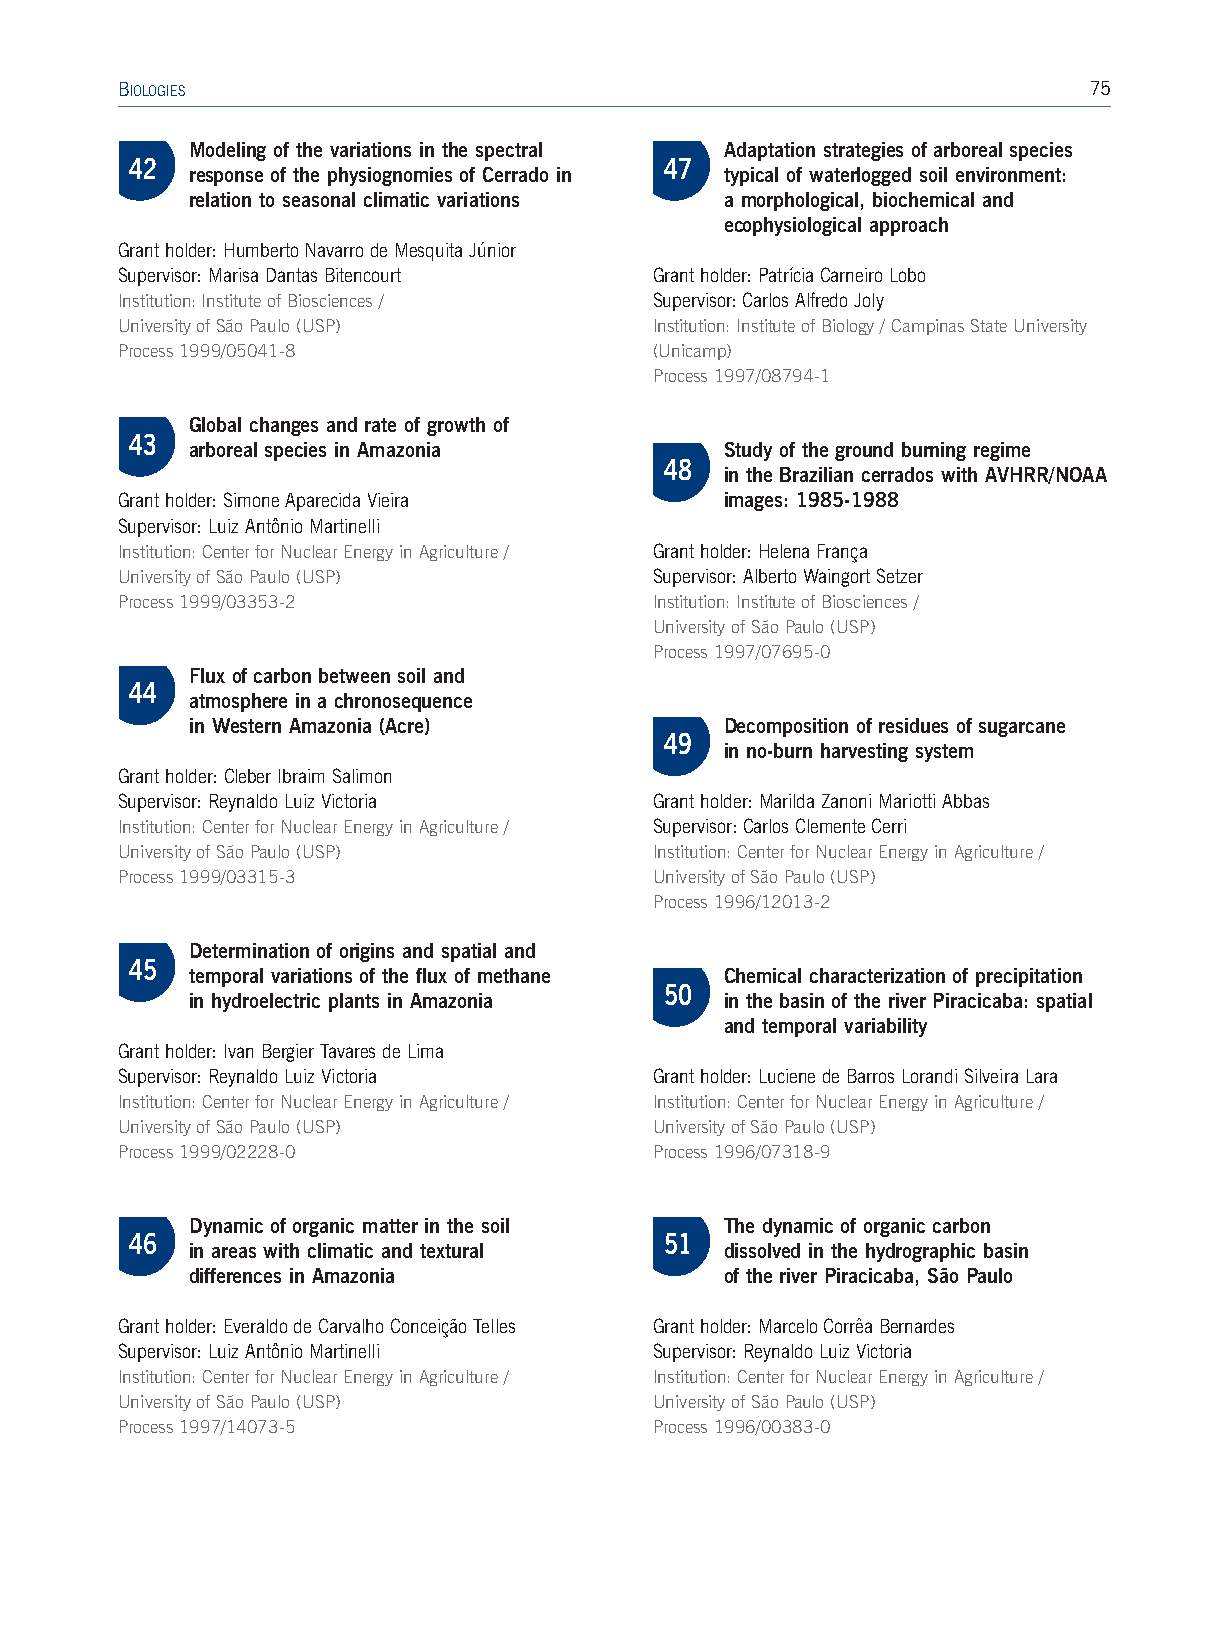
BIOLOGIES                                                       75
 Modeling of the variations in the spectral Adaptation strategies of arboreal species
 42                                 47
 response of the physiognomies of Cerrado in typical of waterlogged soil environment:
 relation to seasonal climatic variations a morphological, biochemical and
 ecophysiological approach
 Grant holder: Humberto Navarro de Mesquita Júnior
 Supervisor: Marisa Dantas Bitencourt Grant holder: Patrícia Carneiro Lobo
 Institution: Institute of Biosciences / Supervisor: Carlos Alfredo Joly
 University of São Paulo (USP)      Institution: Institute of Biology / Campinas State University
 Process 1999/05041-8               (Unicamp)
 Process 1997/08794-1
 Global changes and rate of growth of
 43
 arboreal species in Amazonia       Study of the ground burning regime
 48
 in the Brazilian cerrados with AVHRR/NOAA
 Grant holder: Simone Aparecida Vieira   images: 1985-1988
 Supervisor: Luiz Antônio Martinelli
 Institution: Center for Nuclear Energy in Agriculture / Grant holder: Helena França
 University of São Paulo (USP)      Supervisor: Alberto Waingort Setzer
 Process 1999/03353-2               Institution: Institute of Biosciences /
 University of São Paulo (USP)
 Process 1997/07695-0
 Flux of carbon between soil and
 44
 atmosphere in a chronosequence
 in Western Amazonia (Acre)         Decomposition of residues of sugarcane
 49
 in no-burn harvesting system
 Grant holder:Cleber Ibraim Salimon
 Supervisor: Reynaldo Luiz Victoria Grant holder:Marilda Zanoni Mariotti Abbas
 Institution:Center for Nuclear Energy in Agriculture / Supervisor:Carlos Clemente Cerri
 University of São Paulo (USP)      Institution:Center for Nuclear Energy in Agriculture /
 Process 1999/03315-3               University of São Paulo (USP)
 Process 1996/12013-2
 Determination of origins and spatial and
 45
 temporal variations of the flux of methane Chemical characterization of precipitation
 50
 in hydroelectric plants in Amazonia in the basin of the river Piracicaba: spatial
 and temporal variability
 Grant holder: Ivan Bergier Tavares de Lima
 Supervisor: Reynaldo Luiz Victoria Grant holder: Luciene de Barros Lorandi Silveira Lara
 Institution: Center for Nuclear Energy in Agriculture / Institution: Center for Nuclear Energy in Agriculture /
 University of São Paulo (USP)      University of São Paulo (USP)
 Process 1999/02228-0               Process 1996/07318-9
 Dynamic of organic matter in the soil The dynamic of organic carbon
 46                                 51
 in areas with climatic and textural dissolved in the hydrographic basin
 differences in Amazonia            of the river Piracicaba, São Paulo
 Grant holder: Everaldo de Carvalho Conceição Telles Grant holder: Marcelo Corrêa Bernardes
 Supervisor: Luiz Antônio Martinelli Supervisor: Reynaldo Luiz Victoria
 Institution:Center for Nuclear Energy in Agriculture / Institution:Center for Nuclear Energy in Agriculture /
 University of São Paulo (USP)      University of São Paulo (USP)
 Process 1997/14073-5               Process 1996/00383-0